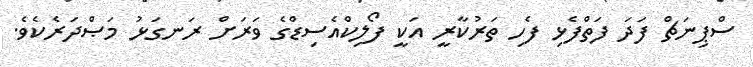
ސްޕިނަޗް ފަދަ ފަތްފެޅި ފެހި ތަރުކާރީ އަކީ ފޯލިކްއެސިޑްގެ ވަރަށް ރަނގަޅު މަޞްދަރެކެވެ.